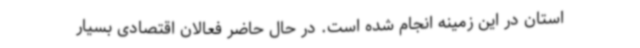
استان در این زمینه انجام شده است. در حال حاضر فعالان اقتصادی بسیار